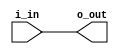
module low_power_buffer (
    input wire i_in,
    output wire o_out
);

wire level_shifted_signal;
wire conditioned_signal;
wire impedance_matched_signal;

// Placeholder Verilog code for level shifting logic
assign level_shifted_signal = i_in;

// Placeholder Verilog code for signal conditioning logic
assign conditioned_signal = level_shifted_signal;

// Placeholder Verilog code for impedance matching logic
assign impedance_matched_signal = conditioned_signal;

assign o_out = impedance_matched_signal;

endmodule